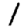
Digit: 1